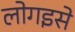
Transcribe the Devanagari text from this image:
लोगइसे